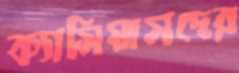
ক্যাসিয়াসদের